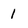
Character: 1